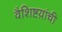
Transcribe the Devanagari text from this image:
वैशिष्टय़ांची